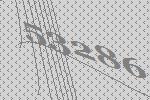
53286